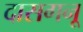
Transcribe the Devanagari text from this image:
दासगनू